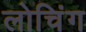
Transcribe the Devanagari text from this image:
लोचिंग